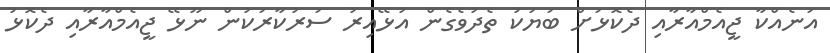
އަނެއްކާ ޖީއެމްއާރާއި ދެކޮޅަށް ބަޔަކު ތެދުވެގެން އުޅޭއިރު ސަރުކާރަކުން ނޫޅޭ ޖީއެމްއާރާއި ދެކޮޅު